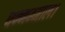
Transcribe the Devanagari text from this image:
धन्नम्माल।